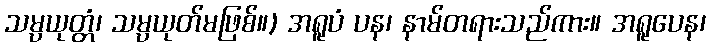
သမ္ပယုတ္တံ၊ သမ္ပယုတ်မဖြစ်။) အရူပံ ပန၊ နာမ်တရားသည်ကား။ အရူပေန၊